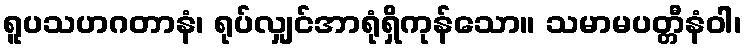
ရူပသဟဂတာနံ၊ ရုပ်လျှင်အာရုံရှိကုန်သော။ သမာမပတ္တီနံဝါ၊